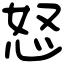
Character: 怒